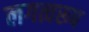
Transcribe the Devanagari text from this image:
लगत्वरूप